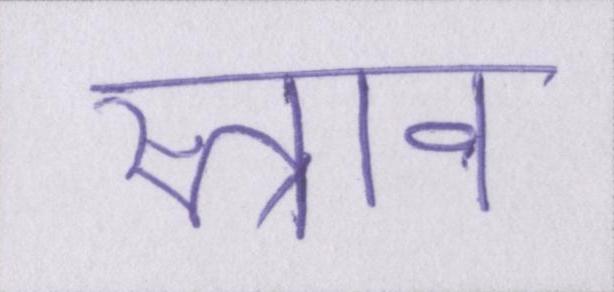
स्त्राव